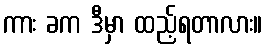
ကား ခက ဒီမှာ ထည့်ရတာလား။